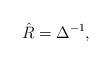
LaTeX: \begin{align*}\hat{R} = \Delta^{-1},\end{align*}